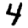
Digit: 4